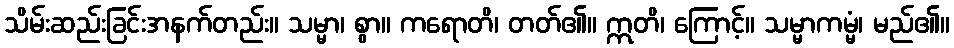
သိမ်းဆည်းခြင်းအနက်တည်း။ သမ္မာ၊ စွာ။ ကရောတိ၊ တတ်၏။ ဣတိ၊ ကြောင့်။ သမ္မာကမ္မံ၊ မည်၏။